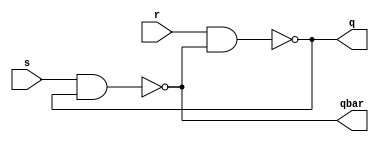
//modeling of S R latch
module sr_latch(s,r,q,qbar);
input s,r;                //input
output q,qbar;              //output
assign q = ~(r & qbar);     
assign qbar = ~(s & q);
endmodule